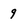
Character: 9